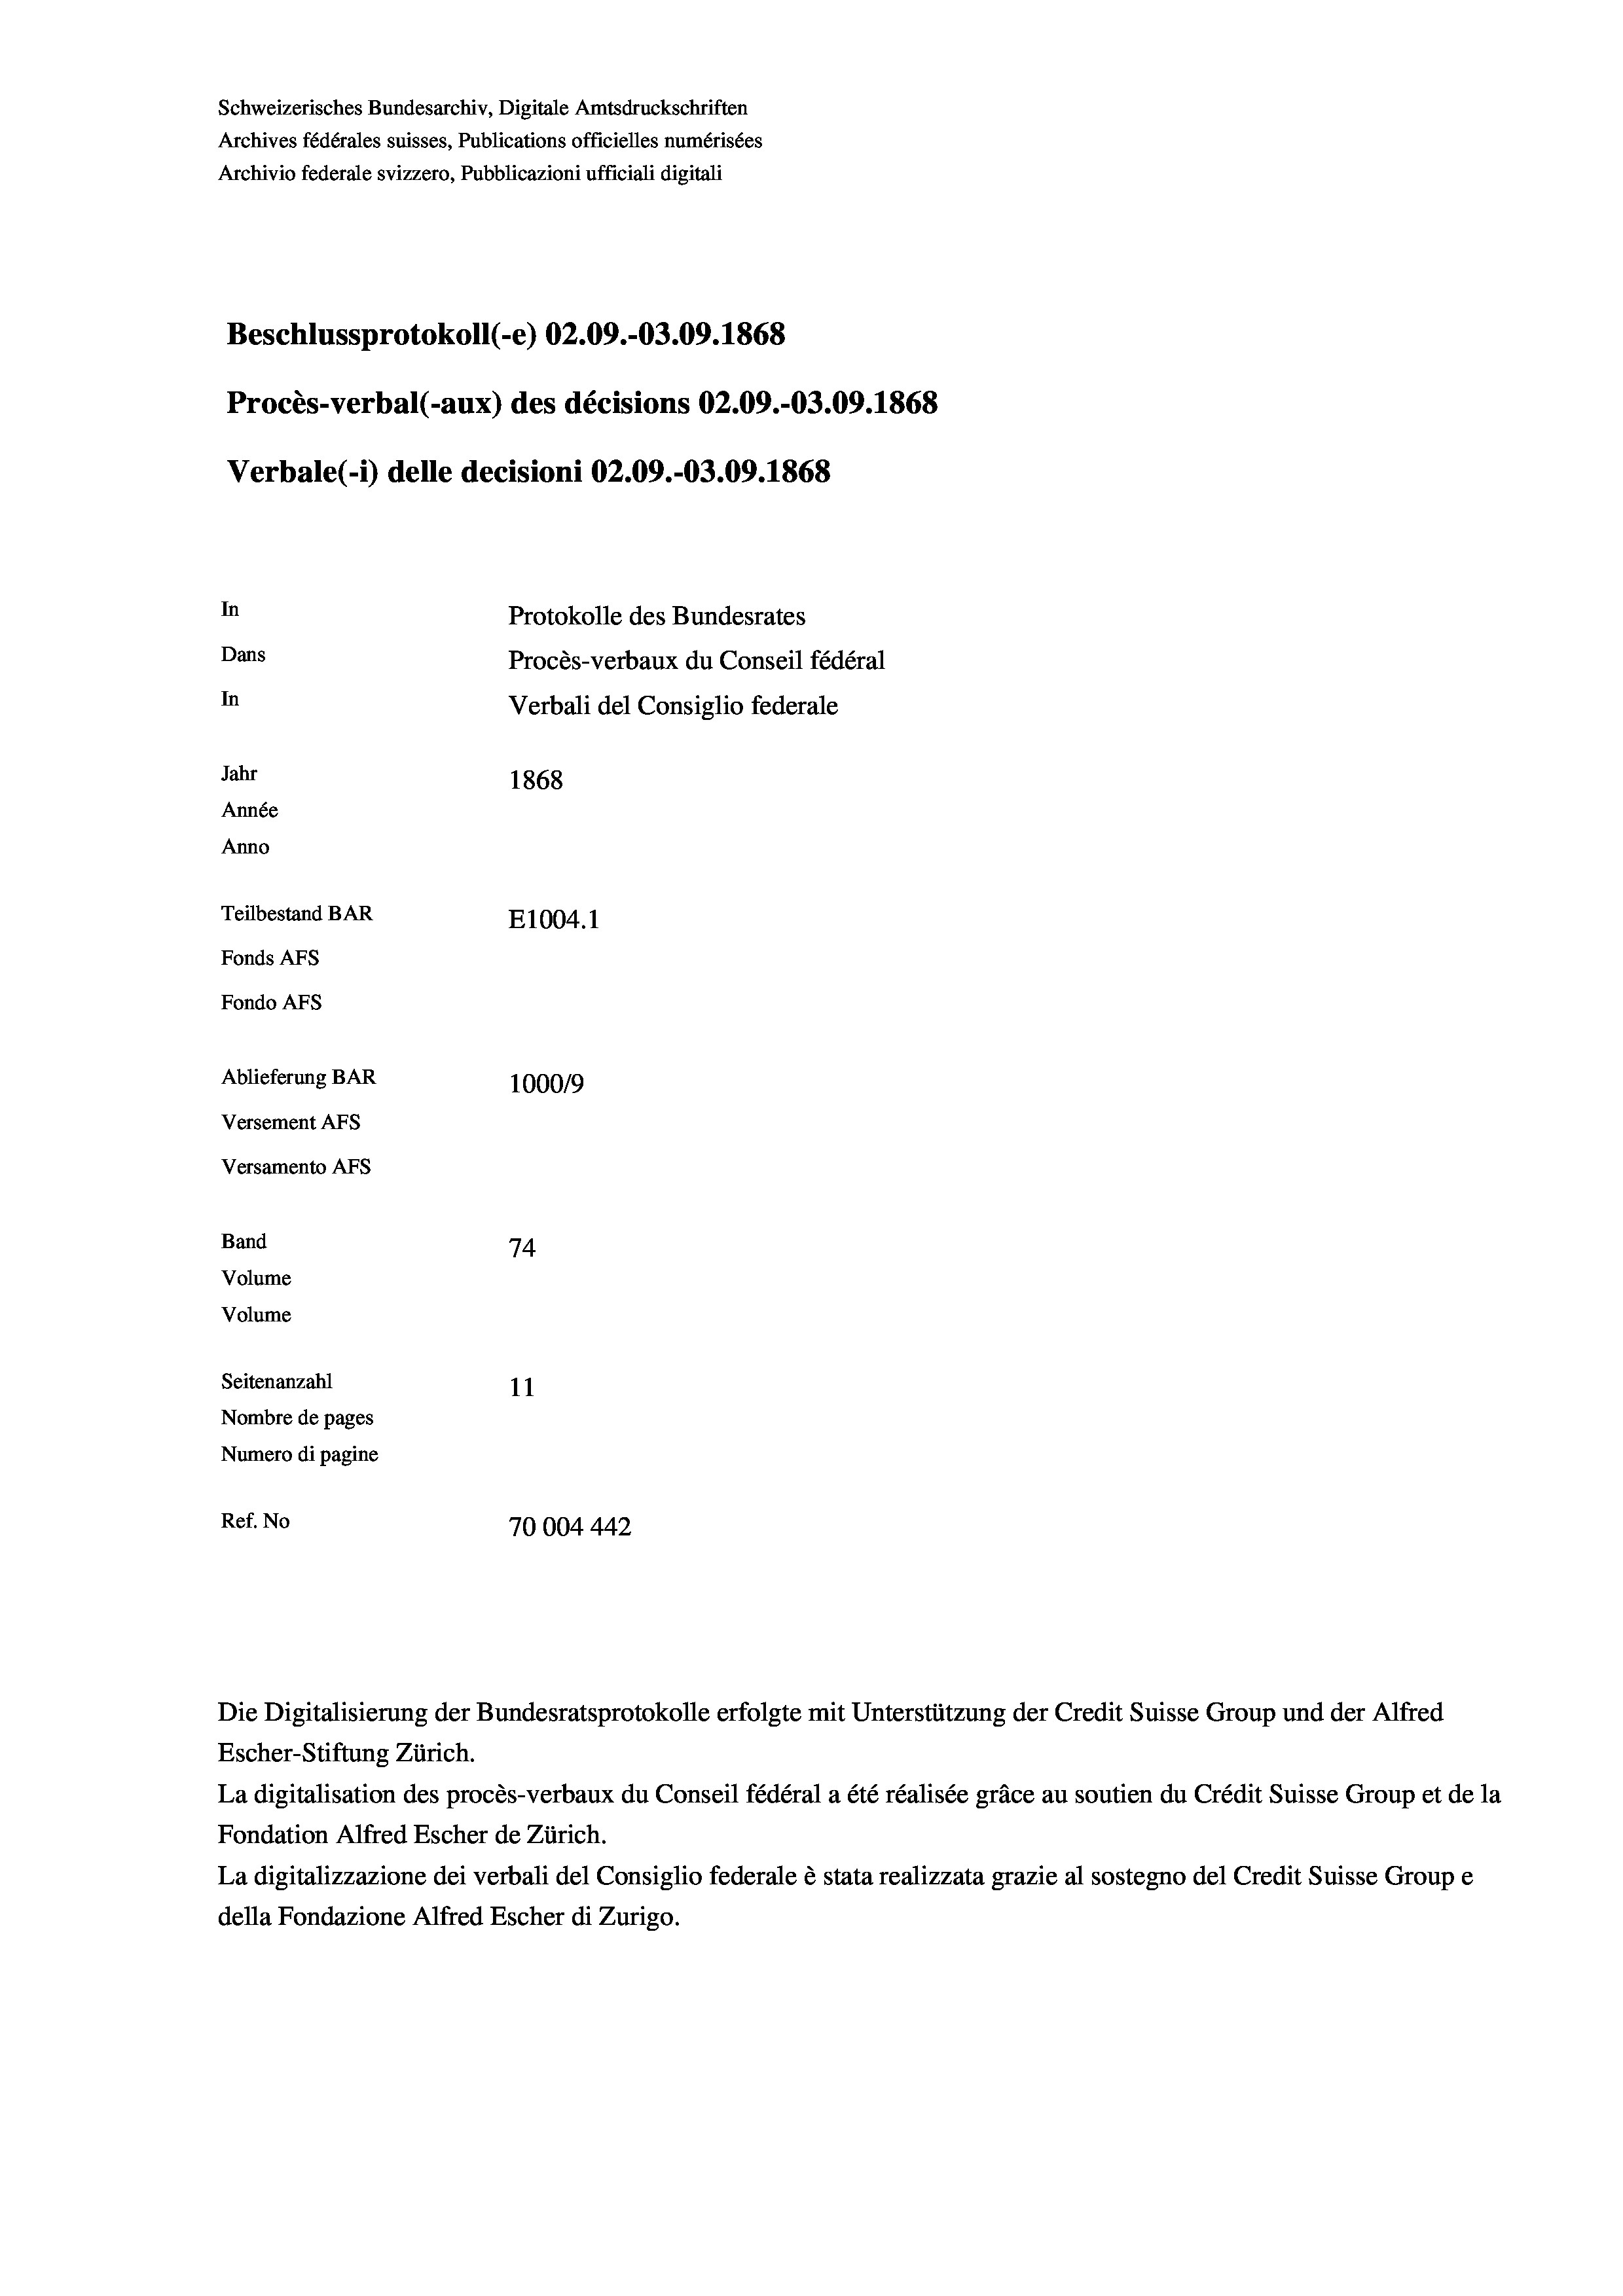
Schweizerisches Bundesarchiv, Digitale Amtsdruckschriften
Archives fédérales suisses, Publications officielles numérisées
Archivio federale svizzero, Pubblicazioni ufficiali digitali
Beschlussprotokoll (-e) 02.09.-03.09. 1868
Procès-verbal (-aux) des décisions 02.09.-03.09. 1868
Verbale (i) delle decisioni 02.09.-03.09. 1868
In
Protokolle des Bundesrates
Dans
Procès-verbaux du Conseil fédéral
In
Verbali del Consiglio federale
Jahr
1868
Année
Anno
Teilbestand BAR
E1004.1
Fonds AFs
Fondo Afs
Ablieferung BAR
1000/9
Versement AFs
Versamento Afs
Band
74
Volume
Volume
Seitenanzahl
11
Nombre de pages
Numero di pagine
Ref. No
70004442

Die Digitalisierung der Bundesratsprotokolle erfolgte mit Unterstützung der Credit Suisse Group und der Alfred

Escher-Stiftung Zürich.
La digitalisation des procès-verbaux du Conseil fédéral a été réalisée gräce au soutien du Crédit Suisse Group et de la
Fondation Alfred Escher de Zürich.
La digitalizzazione dei verbali del Consiglio federale è stata realizzata grazie al sostegno del Credit Suisse Groupe
della Fondazione Alfred Escher di Zurigo.